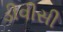
ડીવીસી